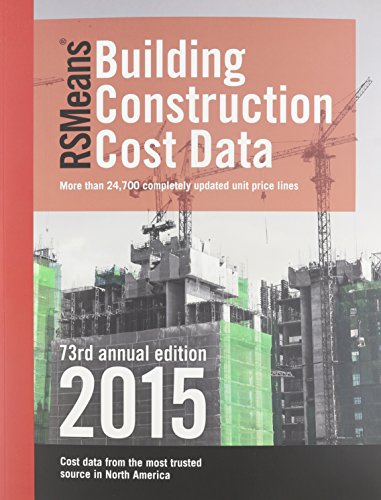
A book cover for RSMeans Building Construction Cost Data; Stephen C. Plotner; Engineering & Transportation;